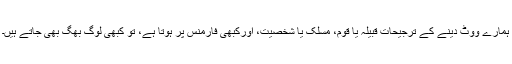
ہمارے ووٹ دینے کے ترجیحات قبیلہ یا قوم، مسلک یا شخصیت، اورکبھی فارمنس پر ہوتا ہے، تو کبھی لوگ بھگ بھی جاتے ہیں۔